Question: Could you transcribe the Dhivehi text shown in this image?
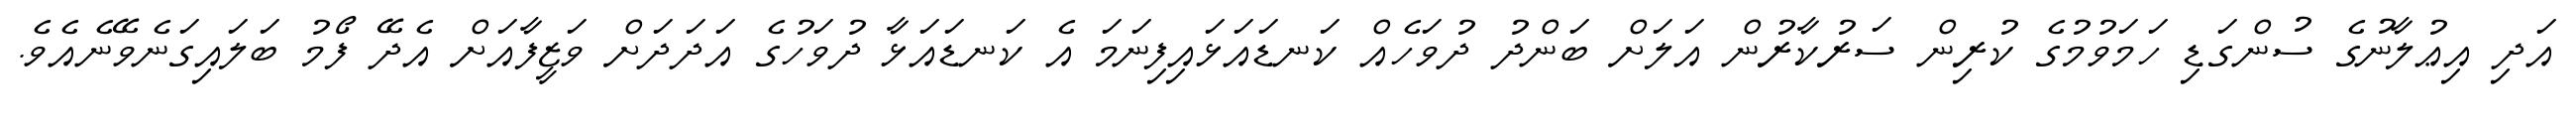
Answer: އަދި އިޢުލާނުގެ ސުންގަޑި ހަމަވުމުގެ ކުރިން ސަރުކާރުން އަލަށް ބަންދު ދުވަހެއް ކަނޑައަޅައިފިނަމަ އެ ކަނޑައަޅާ ދުވަހުގެ އަދަދަށް ވަޒީފާއަށް އެދޭ ފޯމު ބަލައިގަނެވޭނެއެވެ.